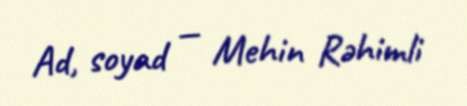
Ad, soyad — Mehin Rəhimli